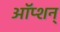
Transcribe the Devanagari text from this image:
ऑप्शन्